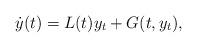
LaTeX: \begin{align*} \dot{y}(t) = L(t)y_t + G(t,y_t),\end{align*}